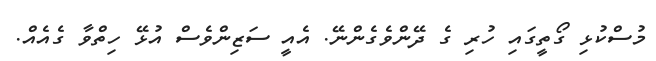
މުސްކުޅި ގޯތީގައި ހުރި ގެ ދޭންވެގެންނޭ. އެއީ ސަޒިންވެސް އުޅޭ ހިތްވާ ގެއެއް.